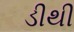
ડીથી